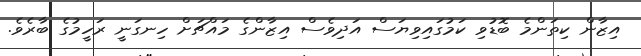
އިޒާން ކިތަންމެ ބޮޑުވި ކަމުގައިވިޔަސް އަދިވެސް އިޒާންގެ މައްޗަށް ހިނގަނީ ރަހީމުގެ ބާރެވެ.